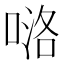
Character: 𠸪